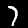
Digit: 7